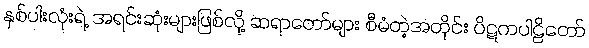
နှစ်ပါးလုံးရဲ့ အရင်းဆုံးများဖြစ်လို့ ဆရာတော်များ စီမံတဲ့အတိုင်း ပိဋကပါဠိတော်